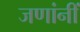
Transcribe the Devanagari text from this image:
जणांनीं